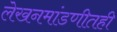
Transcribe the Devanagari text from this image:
लेखनमांडणीतही